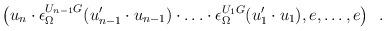
LaTeX: \begin{align*} \bigl(u_n\cdot\epsilon_\Omega^{U_{n-1}G}(u_{n-1}^\prime\cdot u_{n-1})\cdot\ldots\cdot\epsilon_\Omega^{U_1G}(u_1^\prime\cdot u_1),e,\ldots,e\bigr)\ \ .\end{align*}